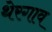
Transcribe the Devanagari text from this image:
थेरगाव